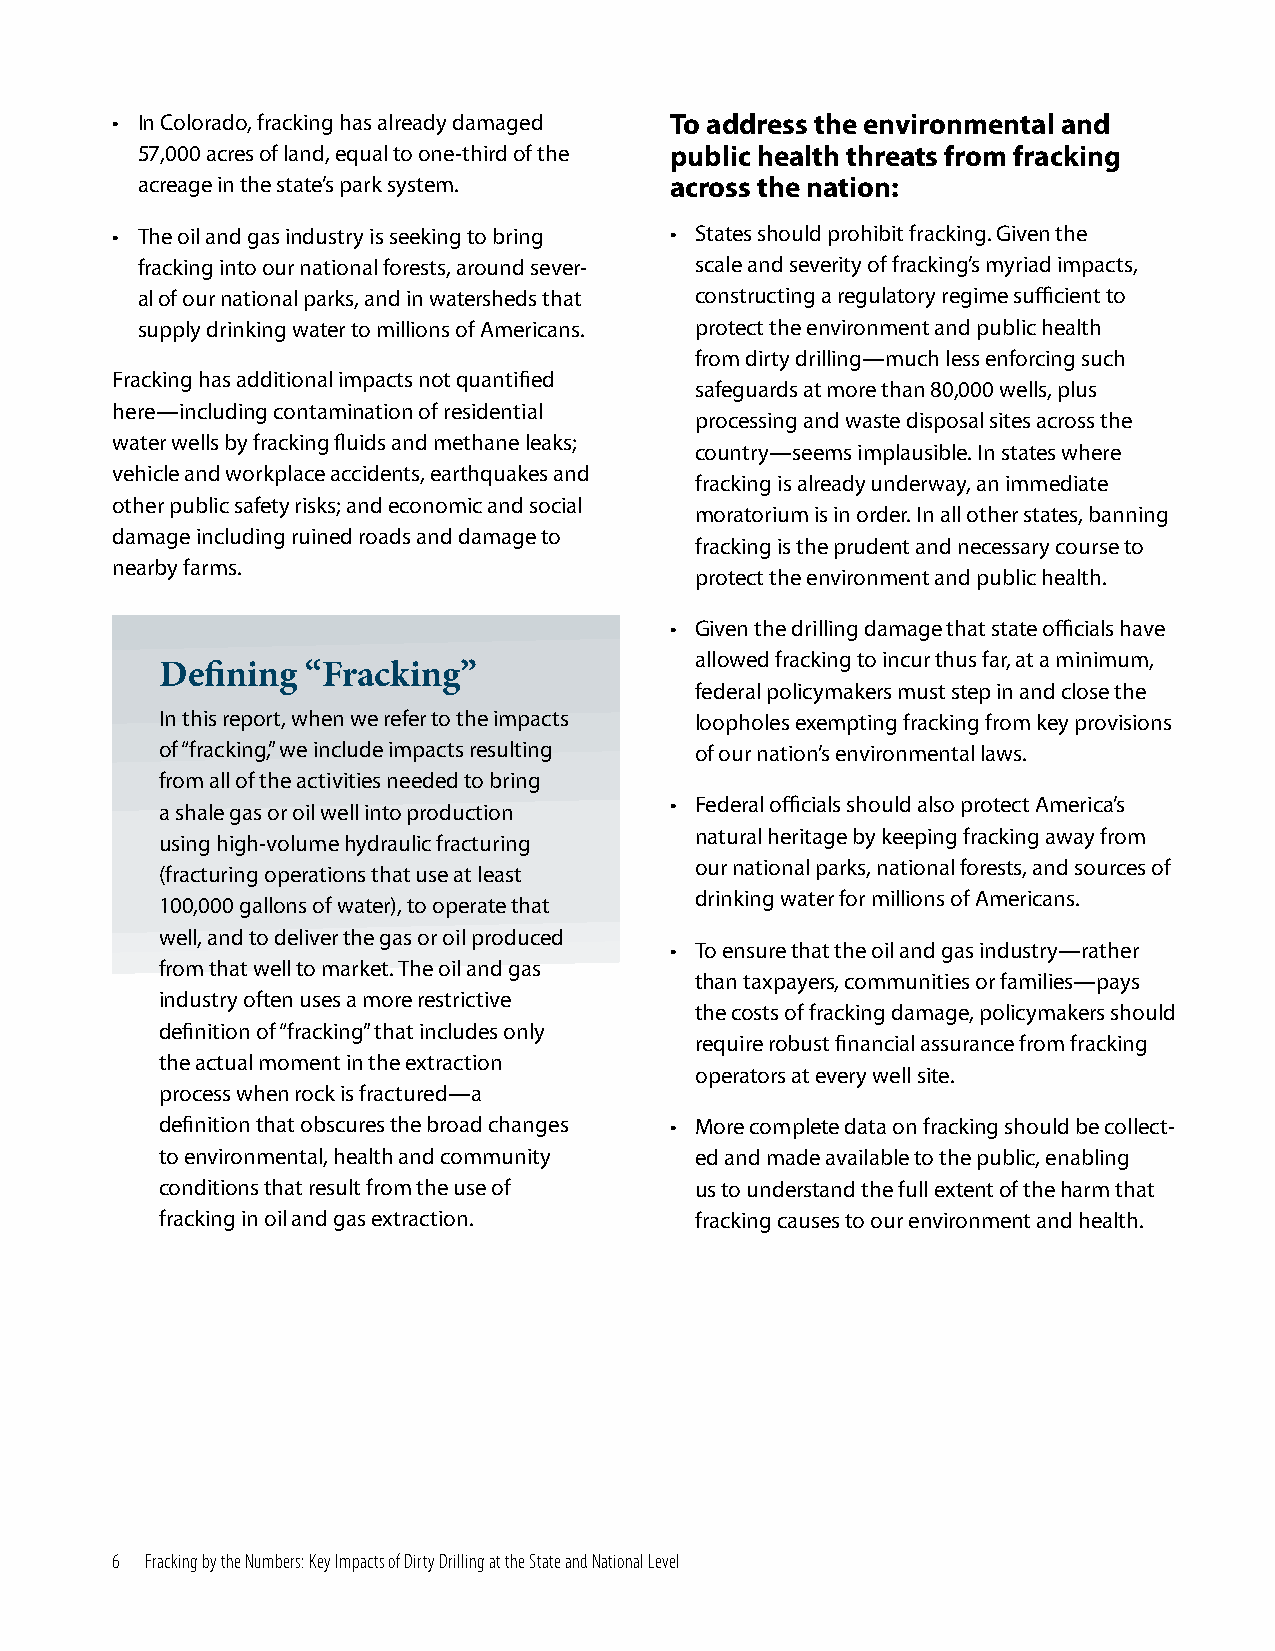
• In Colorado, fracking has already damaged To address the environmental and
 57,000 acres of land, equal to one-third of the public health threats from fracking
 acreage in the state’s park system. across the nation:
 • The oil and gas industry is seeking to bring • States should prohibit fracking. Given the
 fracking into our national forests, around sever- scale and severity of fracking’s myriad impacts,
 al of our national parks, and in watersheds that constructing a regulatory regime sufficient to
 supply drinking water to millions of Americans. protect the environment and public health
 from dirty drilling—much less enforcing such
 Fracking has additional impacts not quantified
 safeguards at more than 80,000 wells, plus
 here—including contamination of residential
 processing and waste disposal sites across the
 water wells by fracking fluids and methane leaks;
 country—seems implausible. In states where
 vehicle and workplace accidents, earthquakes and
 fracking is already underway, an immediate
 other public safety risks; and economic and social
 moratorium is in order. In all other states, banning
 damage including ruined roads and damage to
 fracking is the prudent and necessary course to
 nearby farms.
 protect the environment and public health.
 • Given the drilling damage that state officials have
 allowed fracking to incur thus far, at a minimum,
 Defining “Fracking”
 federal policymakers must step in and close the
 In this report, when we refer to the impacts loopholes exempting fracking from key provisions
 of “fracking,” we include impacts resulting of our nation’s environmental laws.
 from all of the activities needed to bring
 • Federal officials should also protect America’s
 a shale gas or oil well into production
 natural heritage by keeping fracking away from
 using high-volume hydraulic fracturing
 our national parks, national forests, and sources of
 (fracturing operations that use at least
 drinking water for millions of Americans.
 100,000 gallons of water), to operate that
 well, and to deliver the gas or oil produced
 • To ensure that the oil and gas industry—rather
 from that well to market. The oil and gas
 than taxpayers, communities or families—pays
 industry often uses a more restrictive
 the costs of fracking damage, policymakers should
 definition of “fracking” that includes only
 require robust financial assurance from fracking
 the actual moment in the extraction
 operators at every well site.
 process when rock is fractured—a
 definition that obscures the broad changes • More complete data on fracking should be collect-
 to environmental, health and community ed and made available to the public, enabling
 conditions that result from the use of us to understand the full extent of the harm that
 fracking in oil and gas extraction. fracking causes to our environment and health.
 6  Fracking by the Numbers: Key Impacts of Dirty Drilling at the State and National Level